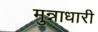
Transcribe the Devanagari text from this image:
मुन्नाधारी